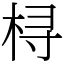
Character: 桪